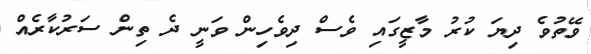
ވޭތުވެ ދިޔަ ކުރު މާޒީގައި ވެސް ދިވެހިން ވަނީ ދެ ތިން ސަރުކާރެއް